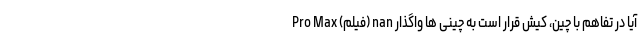
Pro Max (فیلم) nan آیا در تفاهم با چین، کیش قرار است به چینی ها واگذار